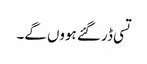
تسی ڈر گئے ہووں گے۔